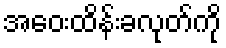
အဝေးထိန်းခလုတ်ကို